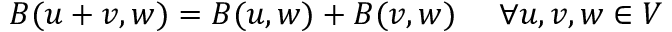
B ( u + v , w ) = B ( u , w ) + B ( v , w ) \ \quad \forall u , v , w \in V